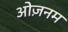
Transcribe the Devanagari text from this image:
ओज़नम